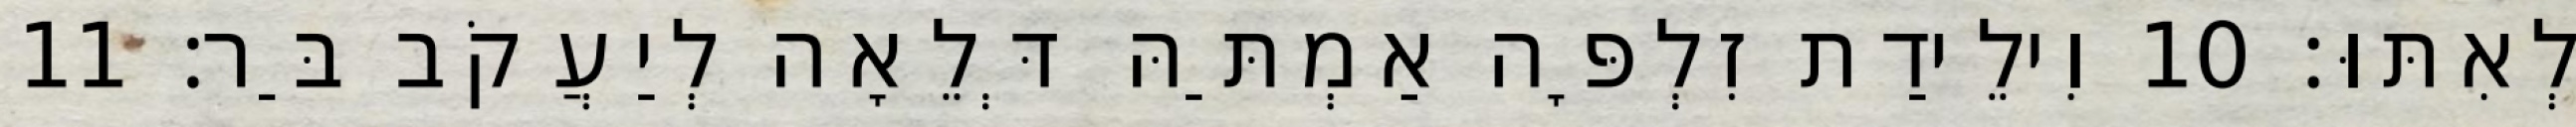
לְאִתּוּ׃ 10 וִילֵידַת זִלְפָּה אַמְתַּהּ דְּלֵאָה לְיַעֲקֹב בַּר׃ 11